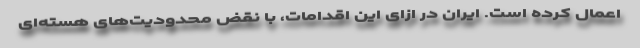
اعمال کرده است. ایران در ازای این اقدامات، با نقض محدودیت‌های هسته‌ای